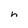
Character: h